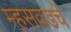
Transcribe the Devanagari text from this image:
म्हसवडचे